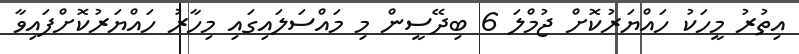
އިތުރު މީހަކު ހައްޔަރުކޮށް ޖުމްލަ 6 ބިދޭސީން މި މައްސަލައިގައި މިހާރު ހައްޔަރުކޮށްފައިވާ